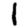
Digit: 1